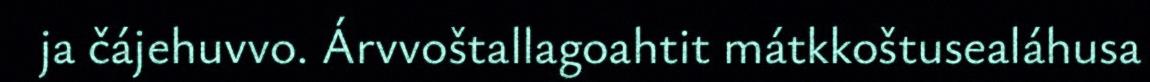
ja čájehuvvo. Árvvoštallagoahtit mátkkoštusealáhusa